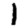
Digit: 1